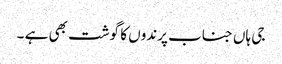
جی ہاں جناب پرندوں کا گوشت بھی ہے ۔